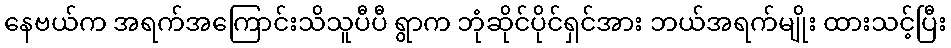
နေဗယ်က အရက်အကြောင်းသိသူပီပီ ရွာက ဘုံဆိုင်ပိုင်ရှင်အား ဘယ်အရက်မျိုး ထားသင့်ပြီး